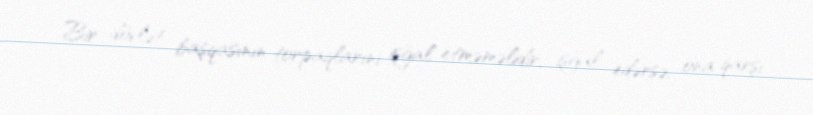
Bir dövlət başqasının torpaqlarını işğal etməməlidir, işğal edərsə, ona qarşı